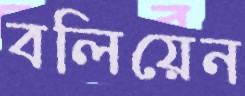
বলিয়েন